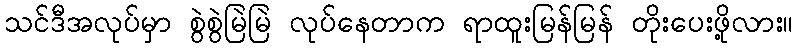
သင်ဒီအလုပ်မှာ စွဲစွဲမြဲမြဲ လုပ်နေတာက ရာထူးမြန်မြန် တိုးပေးဖို့လား။